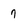
Character: 7